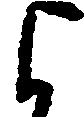
よ